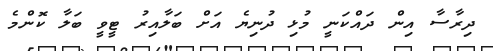
ދިރާސާ އިން ދައްކަނީ މުޅި ދުނިޔެ އަށް ބަލާއިރު ޓީވީ ބަލާ ކޮންމެ